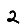
Digit: 2